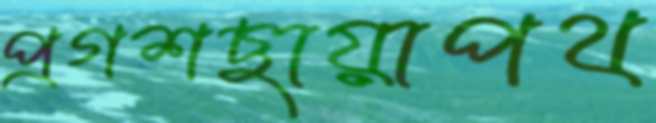
প্রগশছায়াপথ